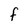
Character: F